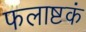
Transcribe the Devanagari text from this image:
फलाष्टकं